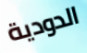
الدودية